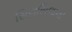
સિલસિલાની